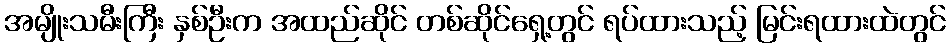
အမျိုးသမီးကြီး နှစ်ဦးက အထည်ဆိုင် တစ်ဆိုင်ရှေ့တွင် ရပ်ထားသည့် မြင်းရထားထဲတွင်